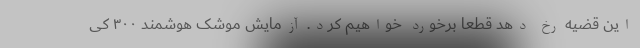
این قضیه رخ دهد قطعا برخورد خواهیم کرد. آزمایش موشک هوشمند ۳۰۰ کی